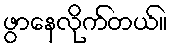
ဖွာနေလိုက်တယ်။